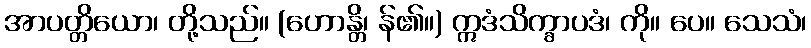
အာပတ္တိယော၊ တို့သည်။ (ဟောန္တိ၊ န်၏။) ဣဒံသိက္ခာပဒံ၊ ကို။ ပေ။ သေသံ၊